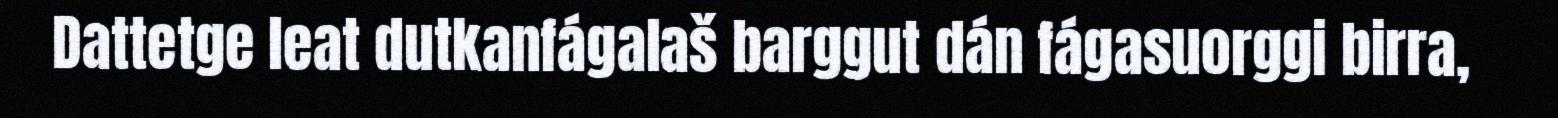
Dattetge leat dutkanfágalaš barggut dán fágasuorggi birra,